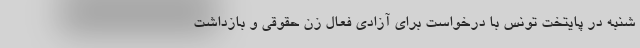
شنبه در پایتخت تونس با درخواست برای آزادی فعال زن حقوقی و بازداشت